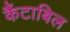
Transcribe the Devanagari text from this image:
कैंटाबिल